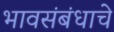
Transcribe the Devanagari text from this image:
भावसंबंधाचे